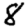
Digit: 8